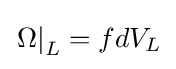
\left.\Omega \right|_{L}=fdV_{L}